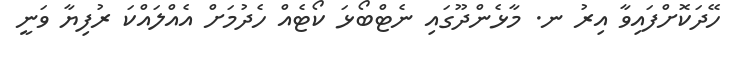
ހޭދަކޮށްފައިވާ އިރު ނ. މާޅެންދޫގައި ނެޓްބޯޅަ ކޯޓެއް ހެދުމަށް އެއްލައްކަ ރުފިޔާ ވަނީ